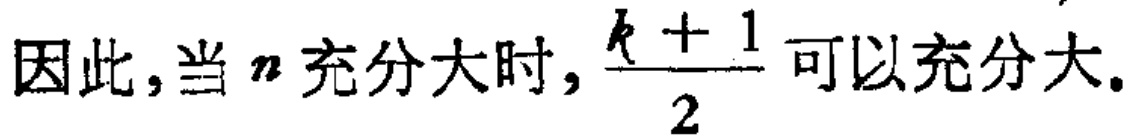
因此，当 \(n\) 充分大时，\(\frac{k + 1}{2}\) 可以充分大.